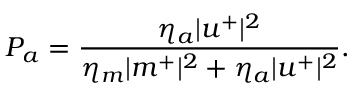
P _ { a } = \frac { \eta _ { a } | u ^ { + } | ^ { 2 } } { \eta _ { m } | m ^ { + } | ^ { 2 } + \eta _ { a } | u ^ { + } | ^ { 2 } } .